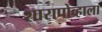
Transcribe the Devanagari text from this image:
शारापोव्हाला